Trukikaitis_Postimees, lk 32
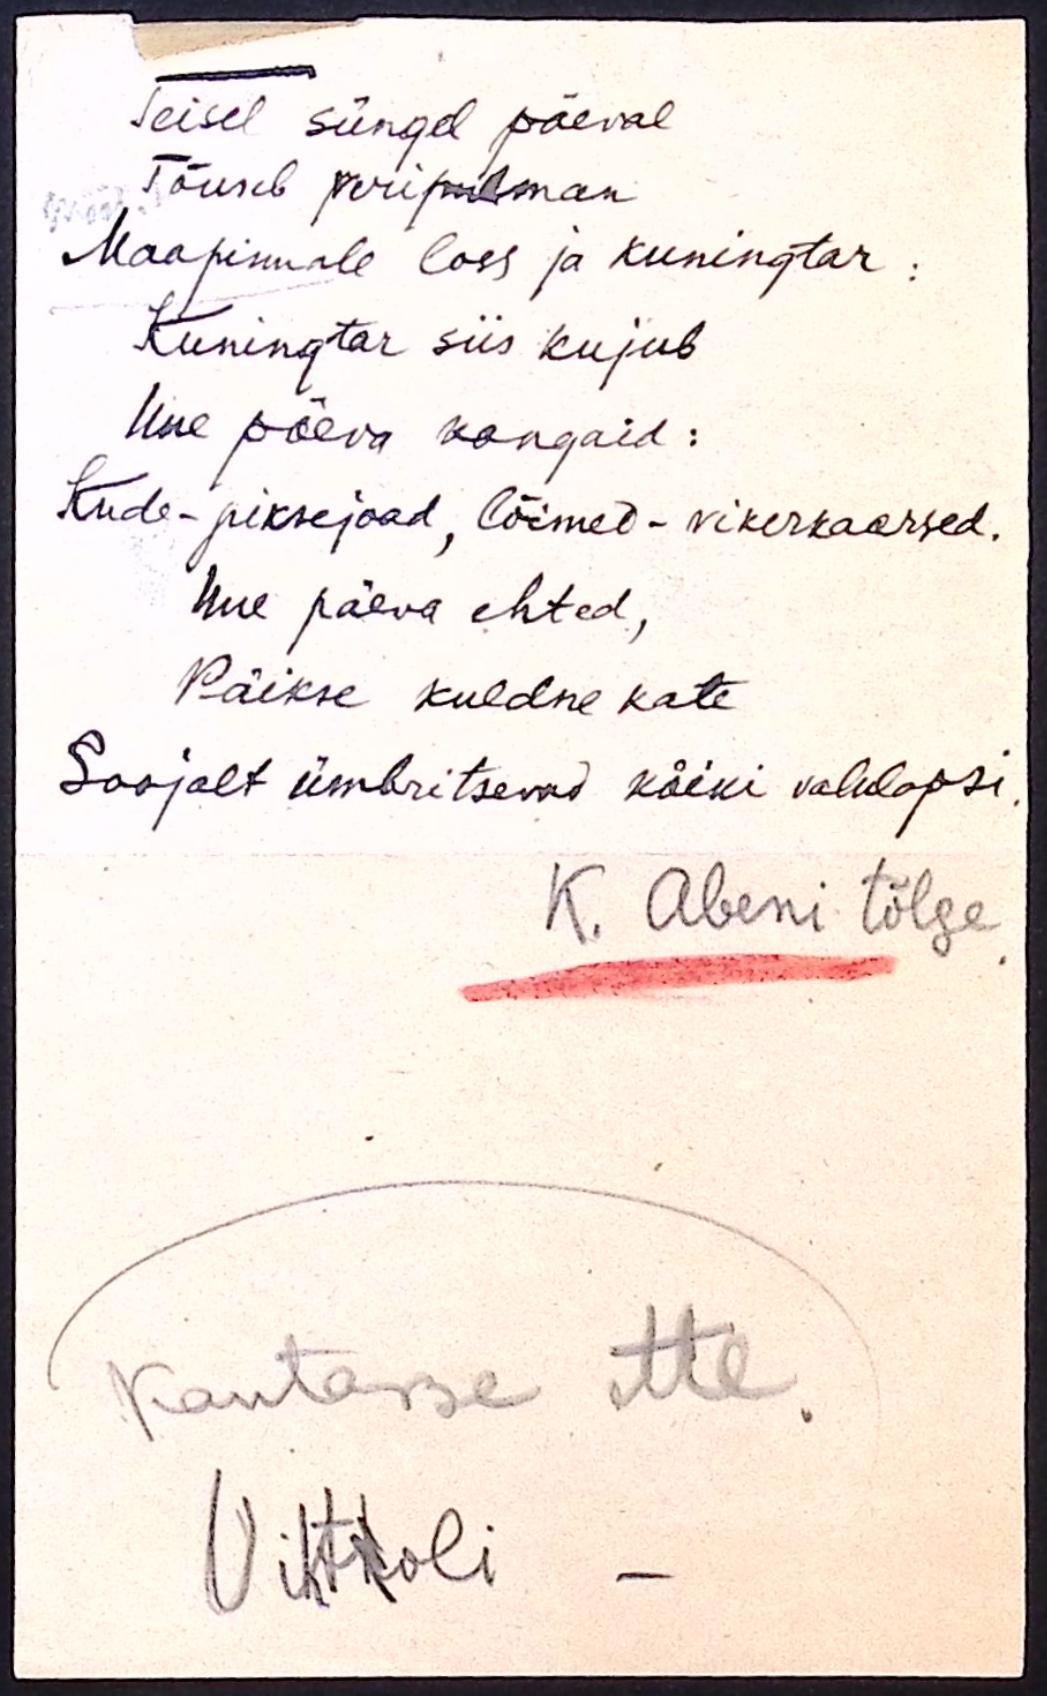
Teisel süngel päeval
Tõuseb veripulman
Maapinnale loss ja kuningtar:
Kuningtar siis kujub
Uue päeva kangaid:
Kude - piksejoad, lõimed - vikerkaarsed.
Uue päeva ehted,
Päikse kuldne kate
Soojalt ümbritsevad kõiki valulapsi.
K. Abeni tõlge
Kantasse ette.
Vihttoli